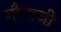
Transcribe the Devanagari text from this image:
गौगाजी